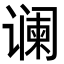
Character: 谰